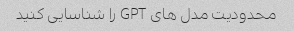
محدودیت مدل های GPT را شناسایی کنید